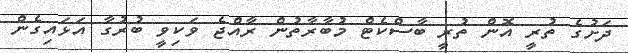
ދަށުގެ ތުރީ އޮން ތުރީ ބާސްކެޓް މުބާރާތުން ރާއްޖެ ވަކިވީ ބުރުގާ އަޅައިގެން